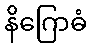
နိဂြောဓံ